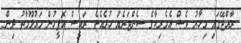
ރާއްޖޭގައި މިހާރު ވެސް އެމެރިކާގެ ސެންޓަރެއް ހުރެއެވެ. ރައީސް އޮފީހުން މައުލޫމާތު ދިން